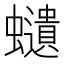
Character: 𧔥